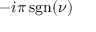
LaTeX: - i \pi \operatorname { s g n } ( \nu )